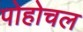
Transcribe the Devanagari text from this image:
पोहोचल